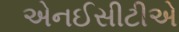
એનઈસીટીએ